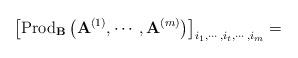
LaTeX: \begin{align*}\left[\mbox{Prod}_{\mathbf{B}}\left(\mathbf{A}^{(1)},\cdots,\mathbf{A}^{(m)}\right)\right]_{i_{1},\cdots,i_{t},\cdots,i_{m}}=\end{align*}